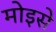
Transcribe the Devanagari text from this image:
मोइसे